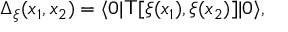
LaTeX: \Delta _ { \xi } ( x _ { 1 } , x _ { 2 } ) = \langle 0 | { \sf T } [ \xi ( x _ { 1 } ) , \xi ( x _ { 2 } ) ] | 0 \rangle ,